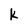
Character: k